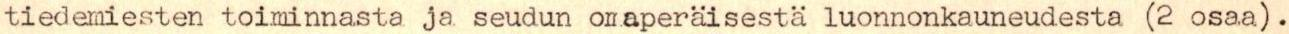
tiedemiesten toiminnasta ja seudun onaperäisestä luonnonkauneudesta (2 osaa).